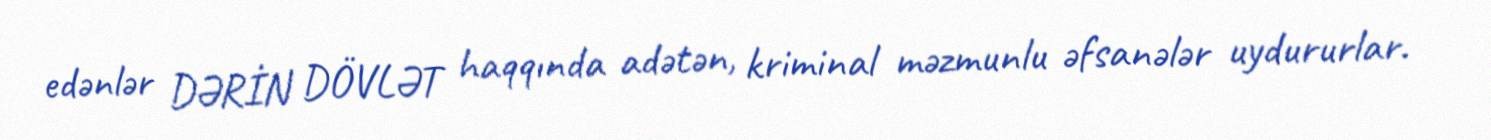
edənlər DƏRİN DÖVLƏT haqqında adətən, kriminal məzmunlu əfsanələr uydururlar.